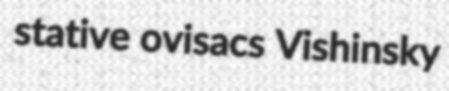
stative ovisacs Vishinsky